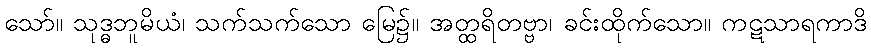
သော်။ သုဒ္ဓဘူမိယံ၊ သက်သက်သော မြေ၌။ အတ္ထရိတဗ္ဗာ၊ ခင်းထိုက်သော။ ကဋသာရကာဒိ